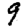
Digit: 9